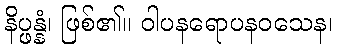
နိပ္ဖန္နံ၊ ဖြစ်၏။ ဝါပနရောပနဝသေန၊